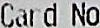
CARD NO